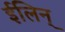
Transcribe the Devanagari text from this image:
ईलिन्